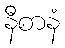
နီစာနံ